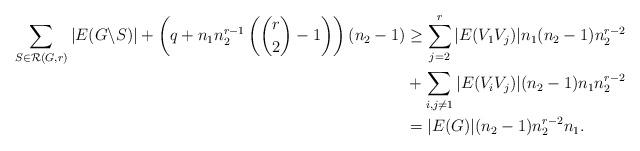
LaTeX: \begin{align*}\sum_{S\in\mathcal{R}(G,r)}|E(G\backslash S)|+\left(q+n_1n_2^{r-1}\left(\binom{r}{2}-1\right)\right)(n_2-1)&\geq \sum_{j=2}^r|E(V_1V_j)|n_1(n_2-1)n_2^{r-2}\\&+\sum_{i,j\neq1}|E(V_iV_j)|(n_2-1)n_1n_2^{r-2}\\&=|E(G)|(n_2-1)n_2^{r-2}n_1.\end{align*}